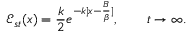
{ \mathcal E } _ { s t } ( x ) = \frac { k } { 2 } e ^ { - k | x - \frac { B } { \beta } | } , \qquad t \to \infty .